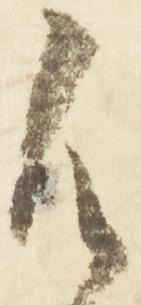
御